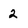
Character: 2